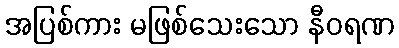
အပြစ်ကား မဖြစ်သေးသော နီဝရဏ